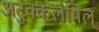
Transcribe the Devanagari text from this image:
अटुक्कलयिल्